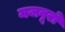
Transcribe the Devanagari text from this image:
मजबूरों